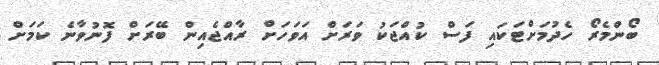
ބޯންމެރޯ ހެދުމަށްޓަކައި ފަސް ކުއްޖަކު ވަރަށް އަވަހަަށް ރާއްޖެއިން ބޭރަށް ފޮނުވާނެ ކަމަށް